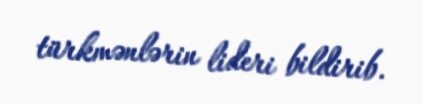
türkmənlərin lideri bildirib.